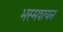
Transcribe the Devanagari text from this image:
भस्मशयन